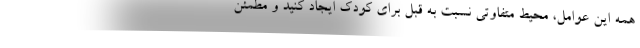
همه این عوامل، محیط متفاوتی نسبت به قبل برای کودک ایجاد کنید و مطمئن